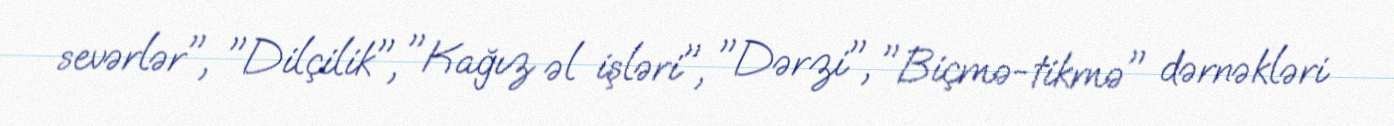
sevərlər", "Dilçilik", "Kağız əl işləri", "Dərzi", "Biçmə-tikmə" dərnəkləri